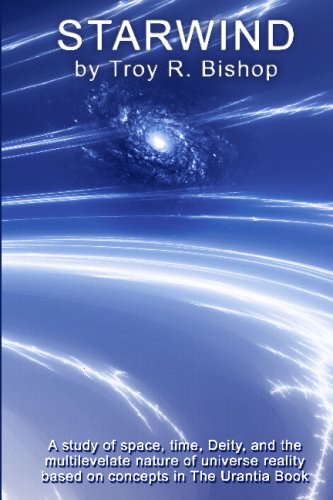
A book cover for Starwind: A Study Of Space, Time, Deity, And Multilevelate Reality Based On Concepts In The Urantia Book; Troy R. Bishop; Religion & Spirituality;